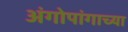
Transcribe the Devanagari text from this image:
अंगोपांगाच्या